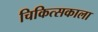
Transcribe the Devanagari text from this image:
चिकित्सकाला